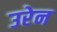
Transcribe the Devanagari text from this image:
उरेन